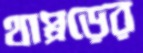
থাপ্পড়ের